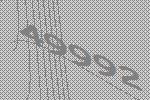
49992